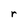
Character: r